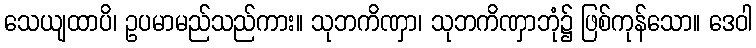
သေယျထာပိ၊ ဥပမာမည်သည်ကား။ သုဘကိဏှာ၊ သုဘကိဏှာဘုံ၌ ဖြစ်ကုန်သော။ ဒေဝါ